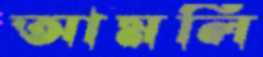
আমলি